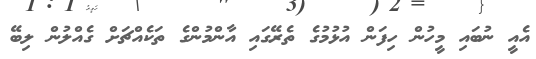
އެއީ ނުބައި މީހުން ހިފަން އުޅުމުގެ ތެރޭގައި އާންމުންގެ ތަކެއްޗަށް ގެއްލުން ލިބޭ